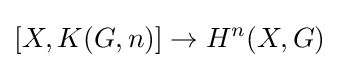
[X,K(G,n)]\to H^{n}(X,G)